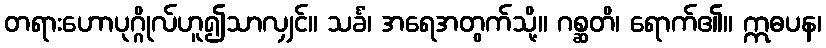
တရားဟောပုဂ္ဂိုလ်ဟူ၍သာလျှင်။ သင်္ခံ၊ အရေအတွက်သို့။ ဂစ္ဆတိ၊ ရောက်၏။ ဣဓပန၊